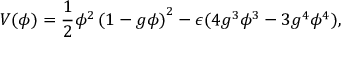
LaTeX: V ( \phi ) = { \frac { 1 } { 2 } } \phi ^ { 2 } \left( 1 - g \phi \right) ^ { 2 } - \epsilon ( 4 g ^ { 3 } \phi ^ { 3 } - 3 g ^ { 4 } \phi ^ { 4 } ) ,